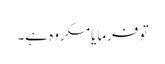
تو فرمایامکروہ ہے۔